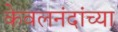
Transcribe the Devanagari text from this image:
केवलनंदांच्या